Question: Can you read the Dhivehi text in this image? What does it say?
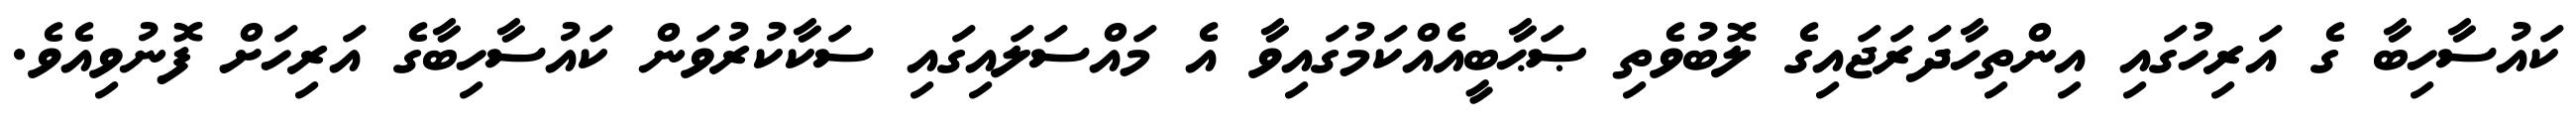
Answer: ކައުސާހިބާ ގެ އަރިހުގައި އިންތިހާދަރަޖައިގެ ލޮބުވެތި ޞަޙާބީއެއްކަމުގައިވާ އެ މައްސަލައިގައި ސަކާކުރުވަން ކައުސާހިބާގެ އަރިހަށް ފޮނުވިއެވެ.